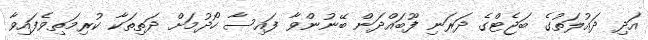
އަދި ދައުލަތުގެ ބަޖެޓްގެ ދަރަނި ފޫބައްދަން ބޭނުންވާ ފައިސާ ހޯދުމަށް ދަތިތަކާ ކުރިމަތިވެފައިވާ